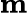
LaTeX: \textbf{m}